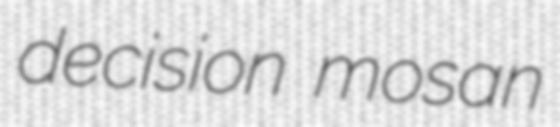
decision mosan